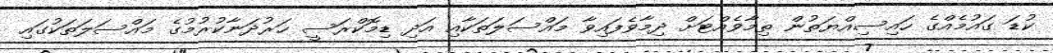
ކުޑަ ގައުމެއްގެ ހައިސިއްޔަތުން ތިމާވެއްޓަށް ދިމާވެފައިވާ މައްސަލަތަކާއި އަދި ޑިމޮކްރަސީ ހަރުދަނާކުރުމުގެ މައްސަލަތަކުގައި